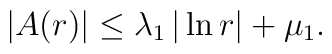
|A(r)|\le \lambda_1\,|\ln r| +\mu_1.